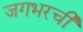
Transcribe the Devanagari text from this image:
जगभरची